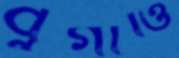
বুগাত্তি